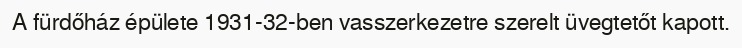
A fürdőház épülete 1931-32-ben vasszerkezetre szerelt üvegtetőt kapott.